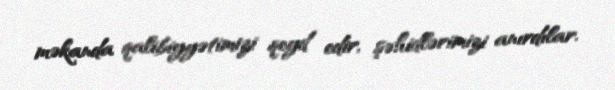
məkanda qalibiyyətimizi qeyd edir, şəhidlərimizi anırdılar.